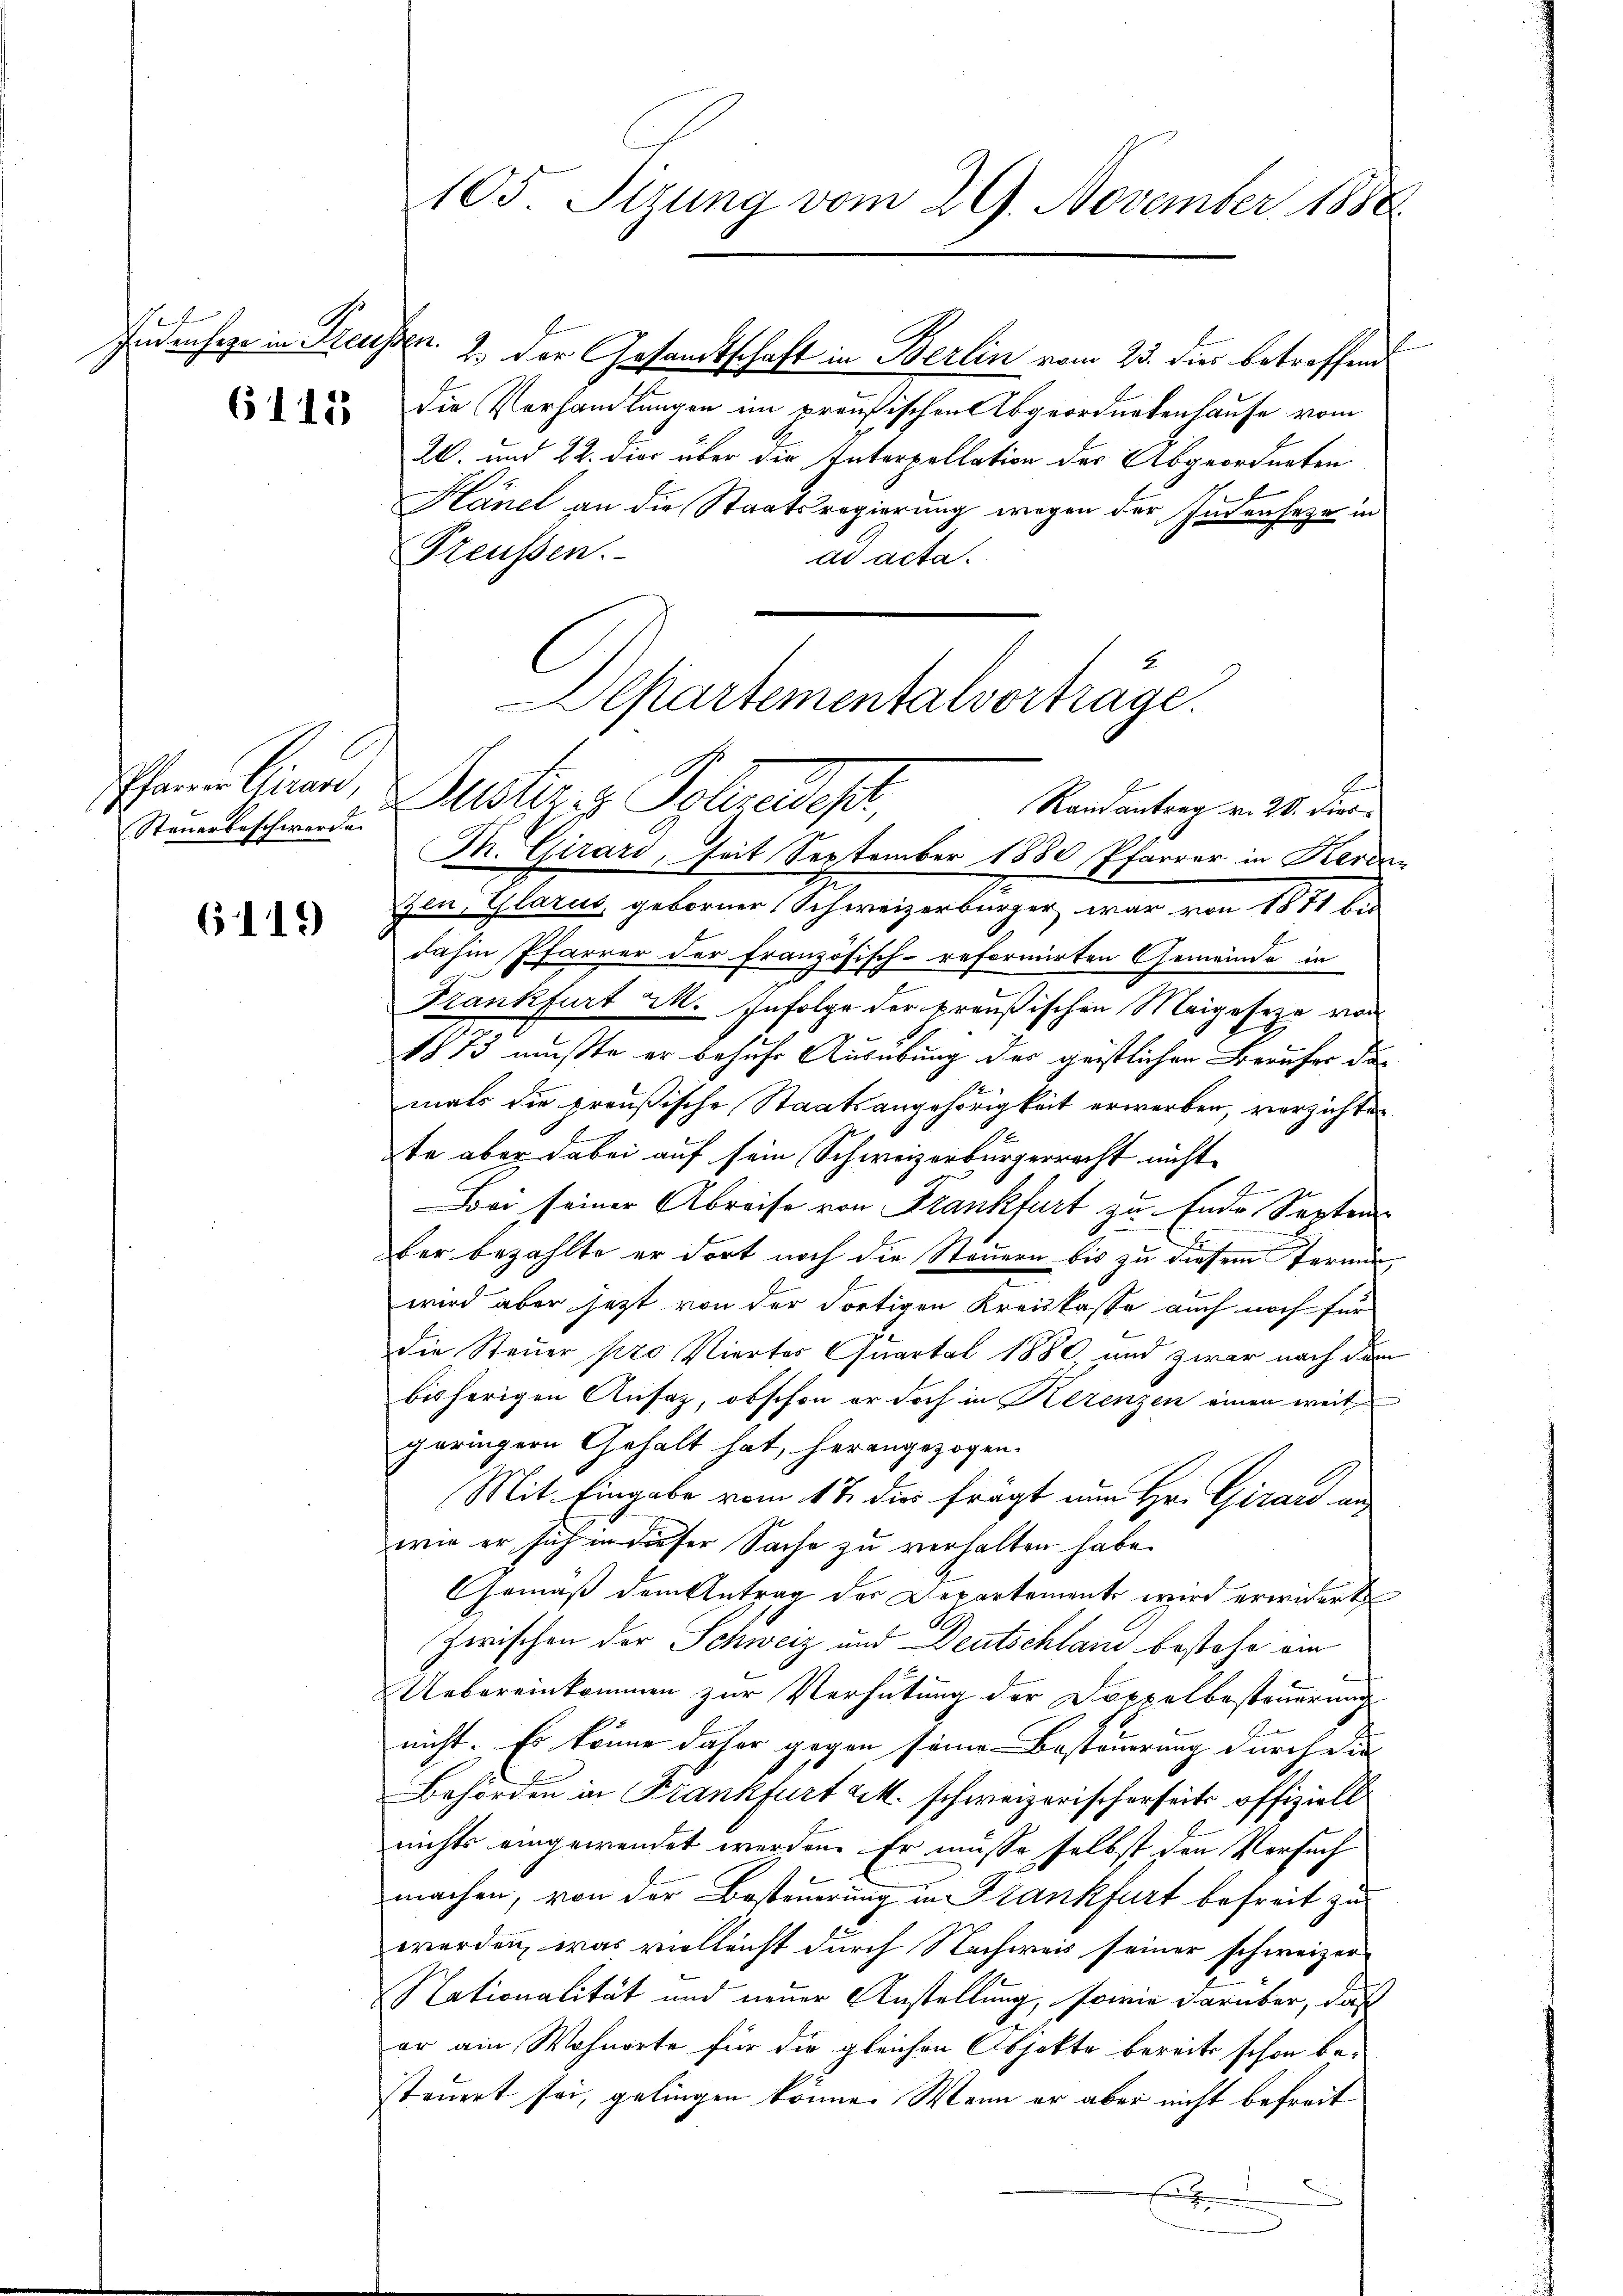
Indensee in Preussen

6118

Pharrer Girar
Steuerbeschwerde

6119

2.) Der Gesandtschaft in Berlin vom 23. dies betroffend
die Vorhandlungen im preußischen Abgeordnetenhause vom
20. und 22. dies über die Interpellation des Abgeordneten
Hänel an die Staatsregierung wegen der Indenheze in
Preußen.
ad acta.
M. Girard, seit September 1880 Pfarrer in Kerezen, Glarus geborner Schweizerbürger war von 1871 bis
dahin Pfarrer der französisch-reformirten Gemeinde in
Frankfurt M. Infolge der preußischen Meigeseze von
1873 mußte er behufe Ausübung der geistlichen Berufer da
mals die preußische Staatsangehörigkeit erwerben, verzichten
te aber dabei auf sein Schweizerbürgerrecht nicht
2
Bei seiner Abreise von Frankfurt zu Ende Septem
ber bezahlte er dort noch die Steuern bis zu diesem Termin,
wird aber jetzt von der dortigen Kreiskasse auch noch für
Die Steuer pro. Vierter Quartal 1880 und zwar nach dem
bisherigen Ansaz, obschon er doch in Herenzen einen weit
geringern Gehalt hat, herangezogen.
Mit Eingabe vom 17. dir frägt an Hr. Girard in
wie er sich in dieser Sache zu verhalten habe.
Gemäß dem Antrag der Departements wird erwidert
Zwischen der Schweiz und Deutschland bestehe ein
Uebereinkommen zur Verhütung der Doppelbesteuerung
nicht. Es könne daher gegen seine Besteuerung durch die
Behörden in Frankfurt u. schweizerischerseits offiziell
nichts eingewendet werden. Er müsse selbst den Versuch
machen, von der Besteuerung in Frankfurt befreit zu
werden, was vielleicht durch Nachweis seiner schweizer
Nationalität und neuer Anstellung, sowie darüber, daß
er ain Wohnorte für die gleichen Objekte bereits schon be-
steuert sei, gelingen könne. Wenn er aber nicht befreit

105 Sizung vom 29. November 1888

epartementalvortrage.
Justizig Sohne des Mandantengen 10. den

1